画像に写った文字を読んでください
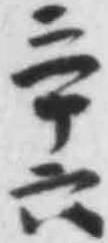
「三十六」と書いてあります